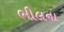
ભીલના